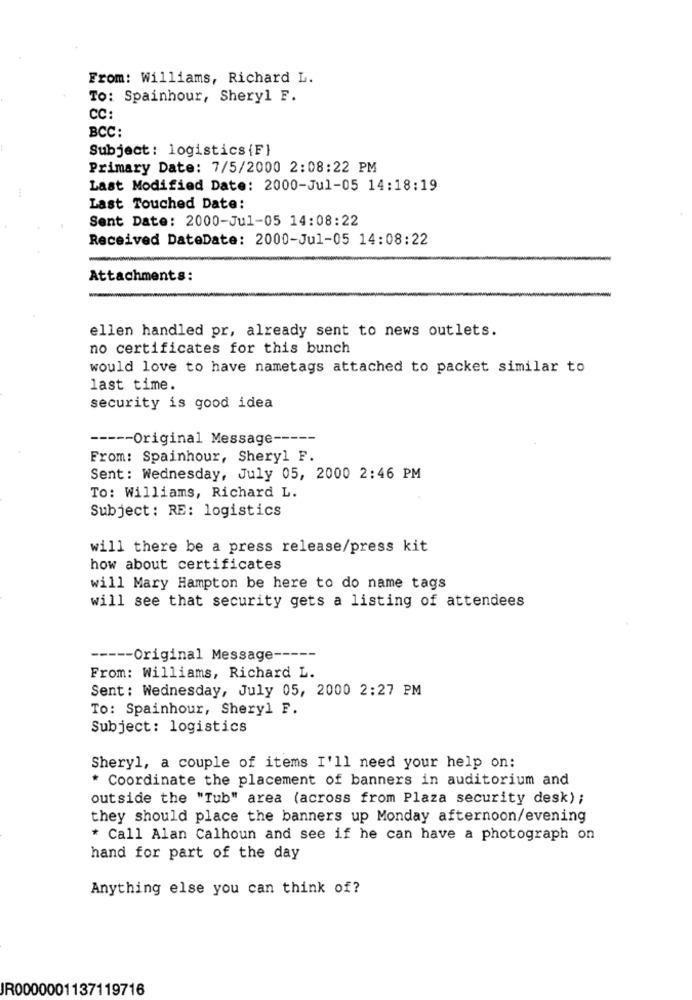
From: Williams, Richard L.
To: Spainhour, Sheryl F.
CC:
BCC:
Subject: logistics {F}
Primary Date: 7/5/2000 2:08:22 PM
Last Modified Date: 2000-Jul-05 14:18:19
Last Touched Date:
Sent Date: 2000-Jul-05 14:08:22
Received DateDate: 2000-Jul-05 14:08:22
Attachments:
ellen handled pr, already sent to news outlets.
no certificates for this bunch
would love to have nametags attached to packet similar to
last time.
security is good idea
----- Original Message -----
From: Spainhour, Sheryl F.
Sent: Wednesday, July 05, 2000 2:46 PM
To: Williams, Richard L.
Subject: RE: logistics
will there be a press release/press kit
how about certificates
will Mary Hampton be here to do name tags
will see that security gets a listing of attendees
----- Original Message -----
From: Williams, Richard L.
Sent: Wednesday, July 05, 2000 2:27 PM
To: Spainhour, Sheryl F.
Subject: logistics
Sheryl, a couple of items I'll need your help on:
* Coordinate the placement of banners in auditorium and
outside the "Tub" area (across from Plaza security desk) ;
they should place the banners up Monday afternoon/evening
* Call Alan Calhoun and see if he can have a photograph on
hand for part of the day
Anything else you can think of?
JR0000001137119716